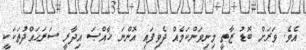
އެވެ. ވަރަށް ބޮޑު ޒާތީ މިނިވަންކަމެއް ދެވިފައި އޮންނަ ޚާއްޞަ އިދާރީ ސަރަޙައްދުތަކަކީ